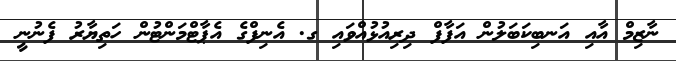
ނާޒިމް އާއި އަނބިކަބަލުން އަފާފް ދިރިއުޅުއްވައި ގ. އެނިފްގެ އެޕާޓްމަންޓުން ހަތިޔާރު ފެނުނީ